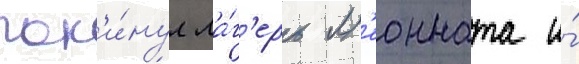
пок'и́нул ла́г'ерь л'еонната и́